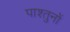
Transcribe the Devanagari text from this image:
पाश्तुनों